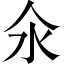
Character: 氽